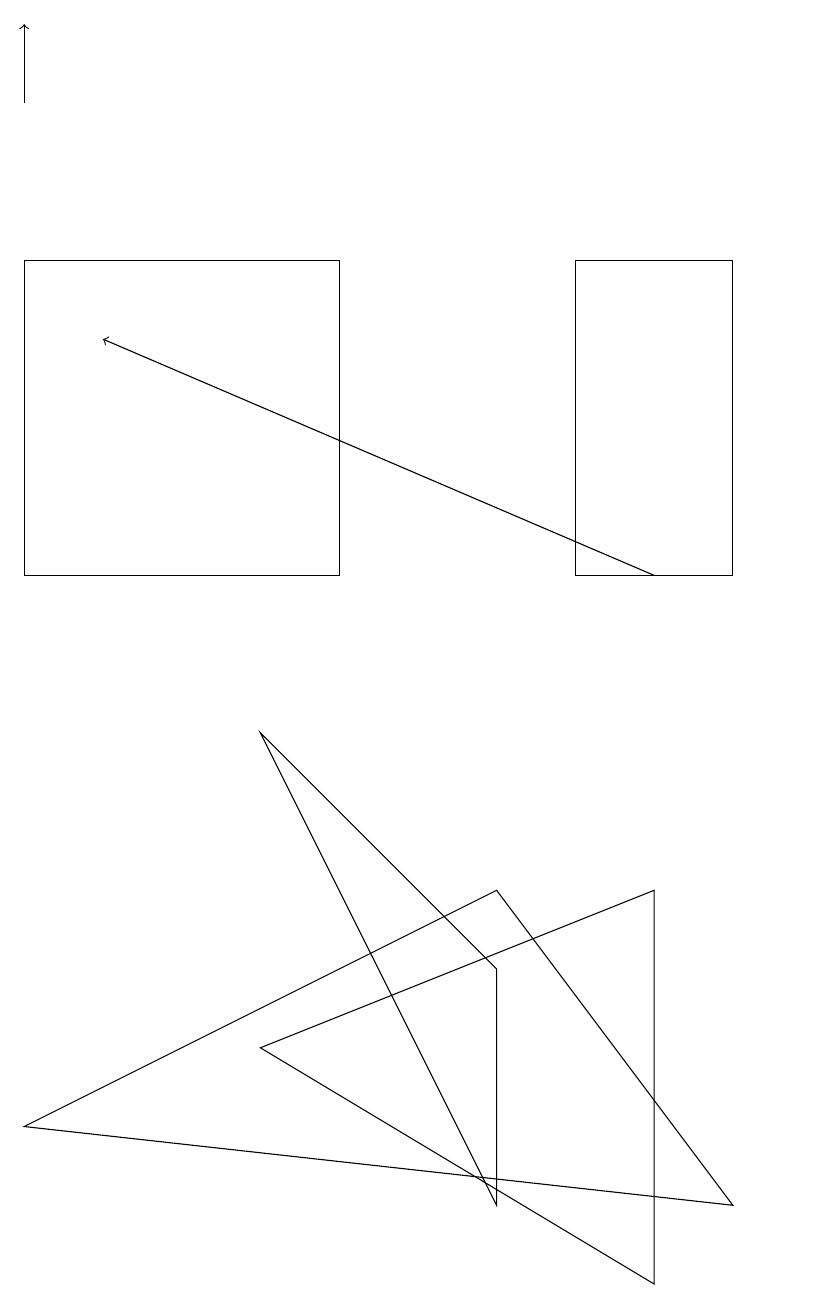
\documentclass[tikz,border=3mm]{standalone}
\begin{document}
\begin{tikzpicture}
\draw (9,3) -- (6,7) -- (0,4) -- cycle;
\draw[->] (0,17) -- (0,18);
\draw (0,15) rectangle (4,11);
\draw (10,10) circle (0);
\draw[->] (8,11) -- (1,14);
\draw (9,11) rectangle (7,15);
\draw (3,9) -- (6,6) -- (6,3) -- cycle;
\draw (3,5) -- (8,7) -- (8,2) -- cycle;
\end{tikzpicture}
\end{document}